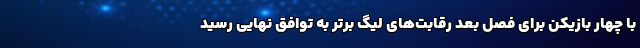
با چهار بازیکن برای فصل بعد رقابت‌های لیگ برتر به توافق نهایی رسید